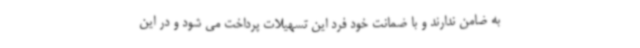
به ضامن ندارند و با ضمانت خود فرد این تسهیلات پرداخت می شود و در این